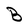
Character: B